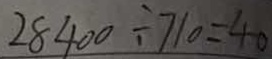
2 8 4 0 0 \div 7 1 0 = 4 0